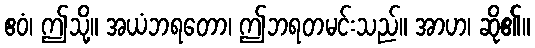
ဧဝံ၊ ဤသို့။ အယံဘရတော၊ ဤဘရတမင်းသည်။ အာဟ၊ ဆို၏။